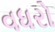
વધરો